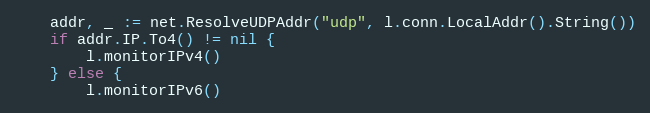
Language: Go
	addr, _ := net.ResolveUDPAddr("udp", l.conn.LocalAddr().String())
	if addr.IP.To4() != nil {
		l.monitorIPv4()
	} else {
		l.monitorIPv6()